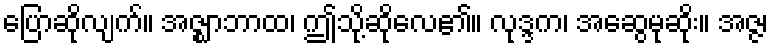
ပြောဆိုလျက်။ အဇ္ဈာဘာထ၊ ဤသို့ဆိုလေ၏။ လုဒ္ဒက၊ အဆွေမုဆိုး။ အဇ္ဇ၊